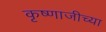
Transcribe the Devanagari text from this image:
कृष्णाजीच्या